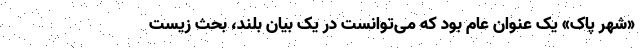
«شهر پاک» یک عنوان عام بود که می‌توانست در یک بیان بلند، بحث زیست